Scottish Leaving Certificate Examination, 1956
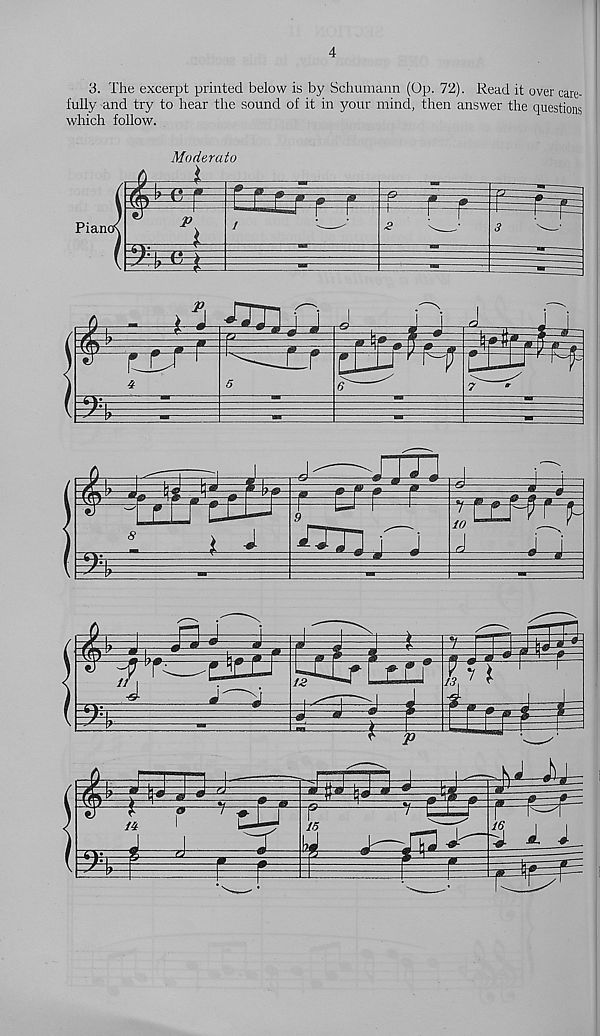
3. The excerpt printed below is by Schumann (Op. 72). Read it over care-
fully and try to hear the sound of it in your mind, then answer the questions
which follow.
Moderate